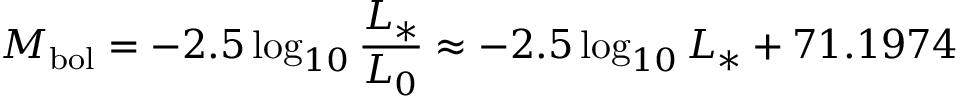
M _ { \mathrm { b o l } } = - 2 . 5 \log _ { 1 0 } { \frac { L _ { * } } { L _ { 0 } } } \approx - 2 . 5 \log _ { 1 0 } L _ { * } + 7 1 . 1 9 7 4